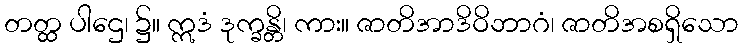
တတ္ထ ပါဌေ၊ ၌။ ဣဒံ ဒုက္ခန္တိ၊ ကား။ ဇာတိအာဒိဝိဘာဂံ၊ ဇာတိအစရှိသော